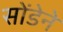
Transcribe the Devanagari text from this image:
सोंडेने